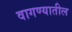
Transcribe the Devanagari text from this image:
वागण्यातील